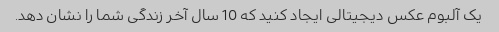
یک آلبوم عکس دیجیتالی ایجاد کنید که 10 سال آخر زندگی شما را نشان دهد.